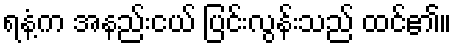
ရနံ့က အနည်းငယ် ပြင်းလွန်းသည် ထင်၏။